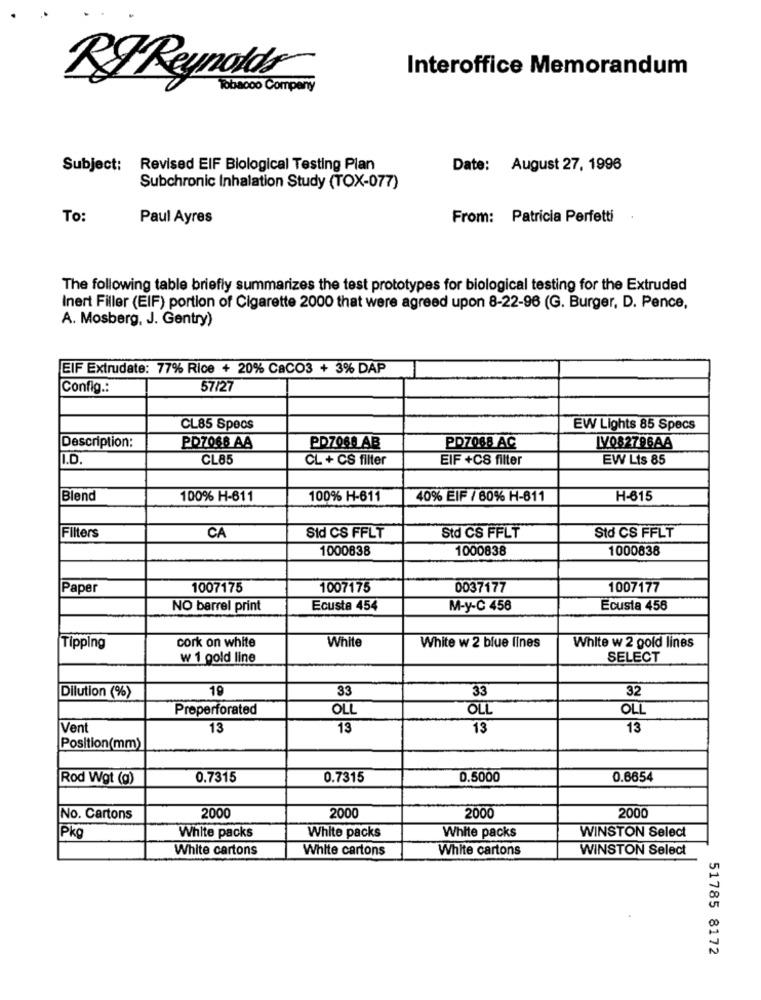
Interoffice Memorandum
RJ Reynolds
Tobacco Company
Subject: Revised EIF Biological Testing Plan
Date: August 27, 1996
Subchronic Inhalation Study (TOX-077)
To:
Paul Ayres
From: Patricia Perfetti
The following table briefly summarizes the test prototypes for biological testing for the Extruded
Inert Filler (EIF) portion of Cigarette 2000 that were agreed upon 8-22-96 (G. Burger, D. Pence,
A. Mosberg, J. Gentry)
EIF Extrudate: 77% Rice + 20% CaCO3 + 3% DAP
Config .:
57/27
CL85 Specs
EW Lights 85 Specs
PD7088 AB
Description:
PD7088 AA
PD7088 AC
IV082796AA
I.D.
CL85
CL + CS filter
EIF +CS filter
EW Lis 85
Blend
100% H-611
100% H-611
40% EIF / 60% H-611
H-615
CA
Std CS FFLT
Filters
Sid CS FFLT
Std CS FFLT
1000838
1000838
1000838
Paper
1007175
1007175
0037177
1007177
NO barrel print
Ecusta 454
M-y-C 458
Ecusta 456
cork on white
White
White w 2 gold lines
Tipping
White w 2 blue lines
w 1 gold line
SELECT
19
33
33
32
Dilution (%)
Preperforated
OLL
OLL
OL
Vent
13
13
13
13
Position(mm)
Rod Wgt (g)
0.7315
0.7315
0.5000
0.6654
2000
No. Cartons
2000
2000
2000
Pkg
White packs
White packs
White packs
WINSTON Select
White cartons
White cartons
White cartons
WINSTON Select
51785 8172